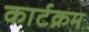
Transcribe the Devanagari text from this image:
कार्टक्रम